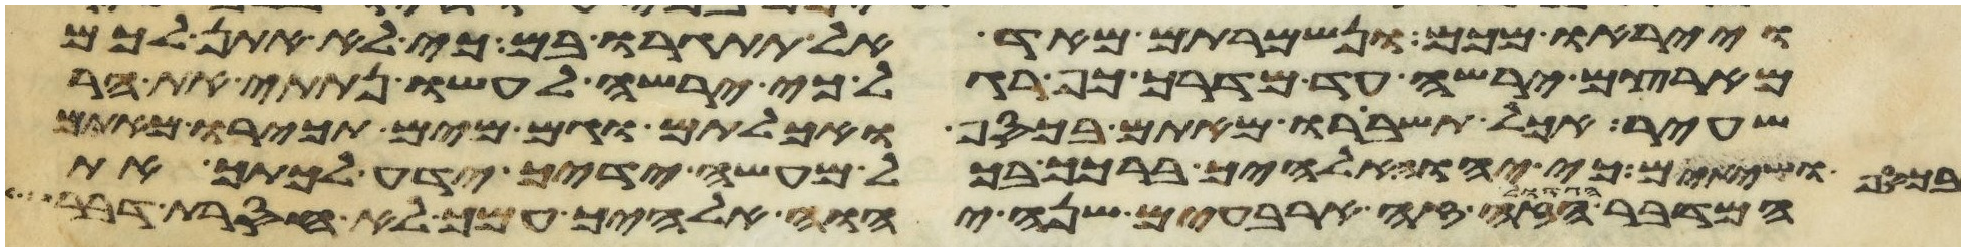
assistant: וייראו מכם ונשמרתם מאד אל תתגרו בם כי לא אתן לכם
מארצם ירשה עד מדרך כף רגל כי ירשה לעשו נתתי את הר
שעיר אכל תשברו מאתם בכסף ואכלתם וגם מים תכירו מאתם
בכסף ושתיתם כי יהוה אלהיך ברכך בכל מעשה ידיך ידע לכתך את
המדבר הגדול הזה זה ארבעים שנה יהוה אלהיך עמך לא חסרת דבר